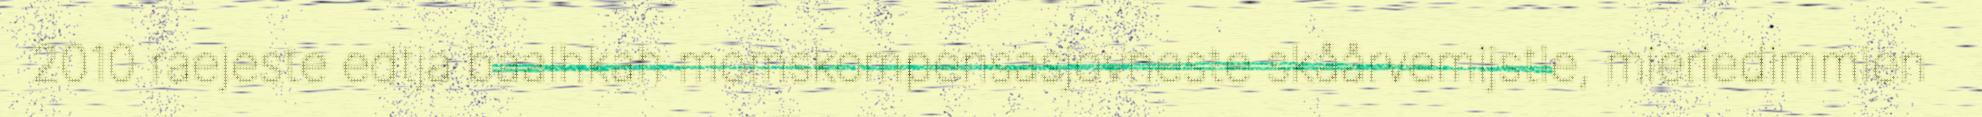
2010 raejeste edtja baalhkah momskompensasjovneste skåårvemijstie, mieriedimmien